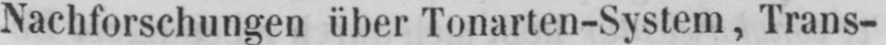
Nachforschungen über Tonarten-System, Trans-